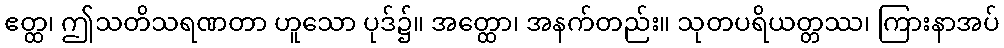
ဧတ္ထ၊ ဤသတိသရဏတာ ဟူသော ပုဒ်၌။ အတ္ထော၊ အနက်တည်း။ သုတပရိယတ္တဿ၊ ကြားနာအပ်